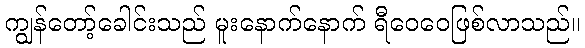
ကျွန်တော့်ခေါင်းသည် မူးနောက်နောက် ရီဝေဝေဖြစ်လာသည်။